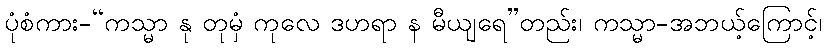
ပုံစံကား-“ကသ္မာ နု တုမှံ ကုလေ ဒဟရာ န မီယျရေ”တည်း၊ ကသ္မာ-အဘယ့်ကြောင့်၊